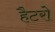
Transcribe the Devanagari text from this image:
हैटरो